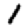
Digit: 1